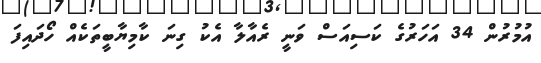
އުމުރުން 34 އަހަރުގެ ކަސިއަސް ވަނީ ރެއާލާ އެކު ގިނަ ކާމިޔާބީތަކެއް ހޯދައިފަ